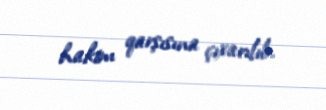
hakim qarşısına çıxarılıb.